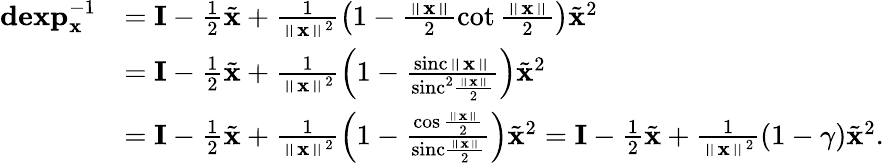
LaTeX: \begin{array}{rl}{\mathbf{dexp}_{\mathbf{x}}^{-1}}&{=\mathbf{I}-\frac{1}{2}\tilde{\mathbf{x}}+\frac{1}{\left\Vert\mathbf{x}\right\Vert^{2}}\left(1-\frac{\left\Vert\mathbf{x}\right\Vert}{2}\cot\frac{\left\Vert\mathbf{x}\right\Vert}{2}\right)\tilde{\mathbf{x}}^{2}}\\ &{=\mathbf{I}-\frac{1}{2}\tilde{\mathbf{x}}+\frac{1}{\left\Vert\mathbf{x}\right\Vert^{2}}\left(1-\frac{\mathrm{sinc}\left\Vert\mathbf{x}\right\Vert}{\mathrm{sinc}^{2}\frac{\left\Vert\mathbf{x}\right\Vert}{2}}\right)\tilde{\mathbf{x}}^{2}}\\ &{=\mathbf{I}-\frac{1}{2}\tilde{\mathbf{x}}+\frac{1}{\left\Vert\mathbf{x}\right\Vert^{2}}\left(1-\frac{\cos\frac{\left\Vert\mathbf{x}\right\Vert}{2}}{\mathrm{sinc}\frac{\left\Vert\mathbf{x}\right\Vert}{2}}\right)\tilde{\mathbf{x}}^{2}=\mathbf{I}-\frac{1}{2}\tilde{\mathbf{x}}+\frac{1}{\left\Vert\mathbf{x}\right\Vert^{2}}\left(1-\gamma\right)\tilde{\mathbf{x}}^{2}.}\end{array}